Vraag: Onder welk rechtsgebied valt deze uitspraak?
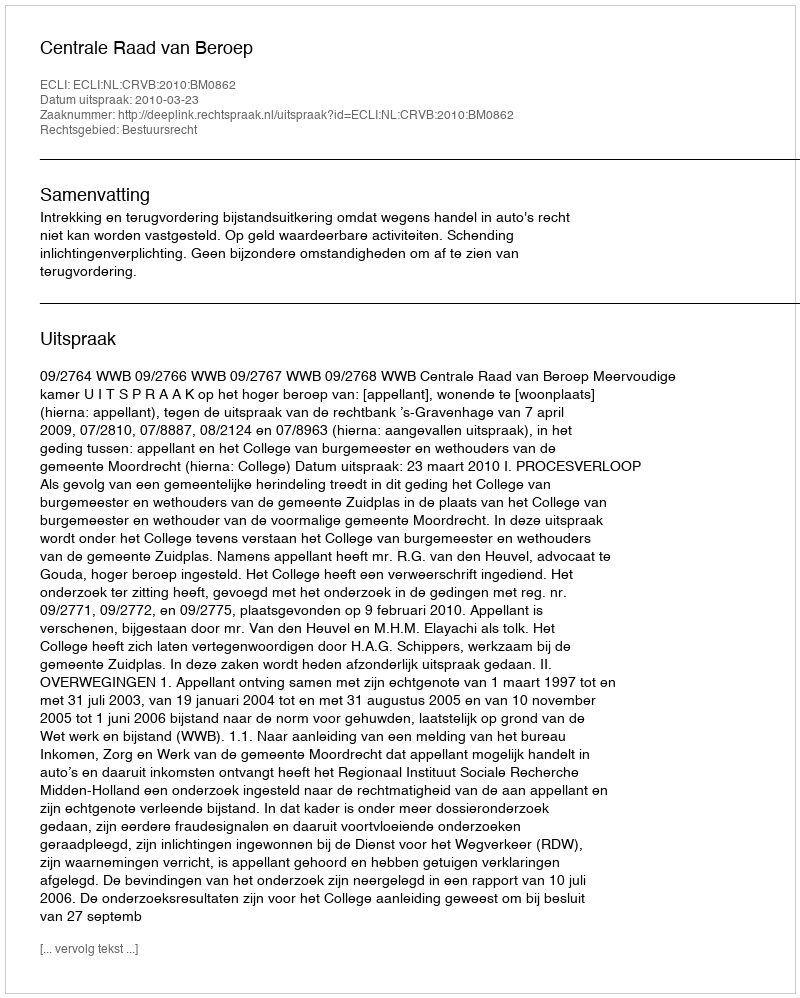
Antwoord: Bestuursrecht